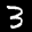
Label: 3